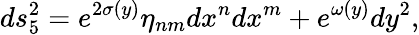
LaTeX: ds_{5}^{2}=e^{2\sigma(y)}\eta_{nm}dx^{n}dx^{m}+e^{\omega(y)}dy^{2},